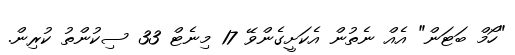
"ހޯމް ބަޓަން" އެއް ނެތުން އެކަށީގެންވޭ 17 މިނެޓް 33 ސިކުންތު ކުރިން.